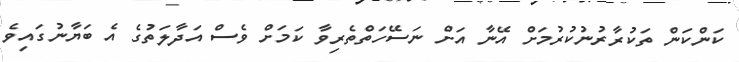
ކަންކަން ތަކުރާރުނުކުރުމަށް އޭނާ އަށް ނަސޭހަތްތެރިވާ ކަމަށް ވެސް އަދާލަތުގެ އެ ބަޔާނުގައިވެ